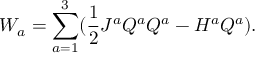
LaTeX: W _ { a } = \sum _ { a = 1 } ^ { 3 } ( \frac { 1 } { 2 } J ^ { a } Q ^ { a } Q ^ { a } - H ^ { a } Q ^ { a } ) .